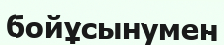
бойұсынумен